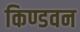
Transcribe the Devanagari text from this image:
किण्डवन